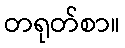
တရုတ်စာ။